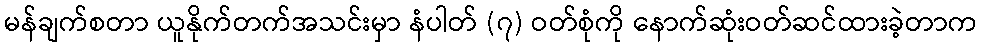
မန်ချက်စတာ ယူနိုက်တက်အသင်းမှာ နံပါတ် (၇) ဝတ်စုံကို နောက်ဆုံးဝတ်ဆင်ထားခဲ့တာက